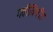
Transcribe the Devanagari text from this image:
गतीविधीत